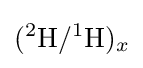
(^{2}\mathrm {H} /^{1}\mathrm {H} )_{x}